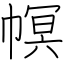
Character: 幎